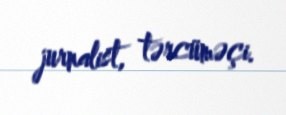
jurnalist, tərcüməçi.